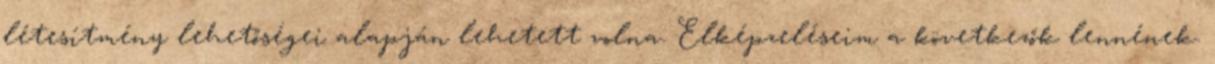
létesítmény lehetőségei alapján lehetett volna. Elképzeléseim a következők lennének.